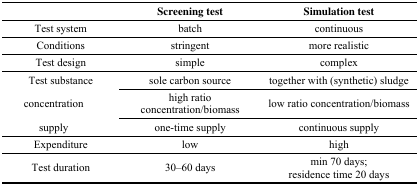
<table><thead><tr><td></td><td><b>Screening test</b></td><td><b>Simulation test</b></td></tr></thead><tbody><tr><td>Test system</td><td>batch</td><td>continuous</td></tr><tr><td>Conditions</td><td>stringent</td><td>more realistic</td></tr><tr><td>Test design</td><td>simple</td><td>complex</td></tr><tr><td>Test substance</td><td>sole carbon source</td><td>together with (synthetic) sludge</td></tr><tr><td>concentration</td><td>high ratio concentration/biomass</td><td>low ratio concentration/biomass</td></tr><tr><td>supply</td><td>one-time supply</td><td>continuous supply</td></tr><tr><td>Expenditure</td><td>low</td><td>high</td></tr><tr><td>Test duration</td><td>30–60 days</td><td>min 70 days; residence time 20 days</td></tr></tbody></table>